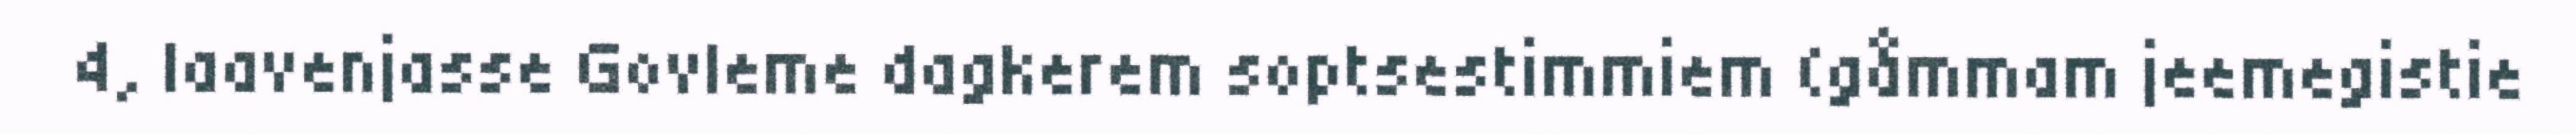
4, laavenjasse Govleme dagkerem soptsestimmiem (gåmmam jeemegistie